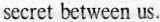
secret between us.